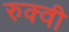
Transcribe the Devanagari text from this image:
रुक्‍वी